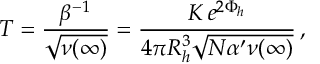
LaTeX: T = \frac { \beta ^ { - 1 } } { \sqrt { \nu ( \infty ) } } = \frac { K \, e ^ { 2 \Phi _ { h } } } { 4 \pi R _ { h } ^ { 3 } \sqrt { N \alpha ^ { \prime } \nu ( \infty ) } } \, ,